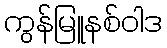
ကွန်မြူနစ်ဝါဒ